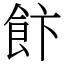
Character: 飰